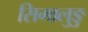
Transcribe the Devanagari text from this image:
सिमालुङु